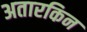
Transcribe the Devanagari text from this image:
अतारकिन